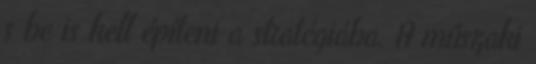
s be is kell építeni a stratégiába. A műszaki